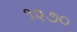
૧૨૭૦